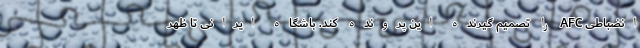
انضباطی AFC را تصمیم گیرنده این پرونده کند. باشگاه ایرانی تا ظهر